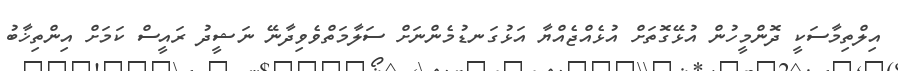
އިލްތިމާސަކީ ދޮންމީހުން އުޅޭގޮތަށް އުޅެއްޖެއްޔާ އަޅުގަނޑުމެންނަށް ސަލާމަތްވެވިދާނޭ ނަޝީދު ރައީސް ކަމަށް އިންތިޚާބު